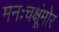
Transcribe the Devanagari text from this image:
मनःचक्षूंमोर